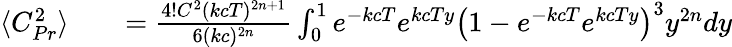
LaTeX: \begin{array}{rlr}{\langle C_{Pr}^{2}\rangle}&{{}}&{=\frac{4!C^{2}(kcT)^{2n+1}}{6(kc)^{2n}}\int_{0}^{1}e^{-kcT}e^{kcTy}\left(1-e^{-kcT}e^{kcTy}\right)^{3}y^{2n}dy}\end{array}